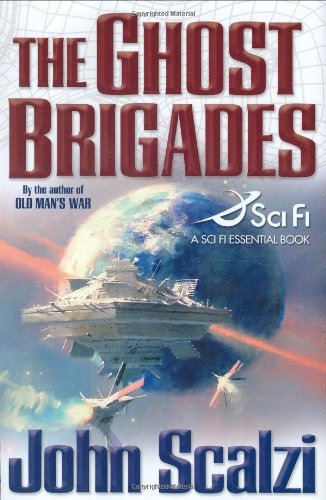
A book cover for The Ghost Brigades (A Sci Fi Essential Book); John Scalzi; Science Fiction & Fantasy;